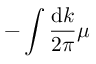
- \int \frac { \mathrm { d } k } { 2 \pi } \mu